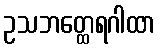
ဥသဘတ္ထေရဂါထာ